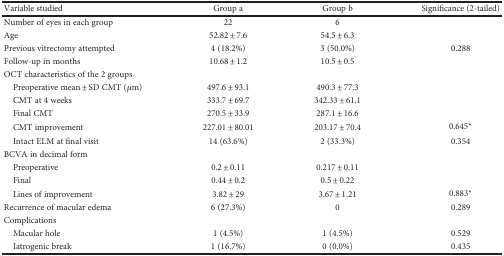
| Variable studied | Group a | Group b | Significance (2-tailed) |
 | --- | --- | --- | --- |
 | Number of eyes in each group | 22 | 6 |  |
 | Age | 52.82 ± 7.6 | 54.5 ± 6.3 |  |
 | Previous vitrectomy attempted | 4 (18.2%) | 3 (50.0%) | 0.288 |
 | Follow-up in months | 10.68 ± 1.2 | 10.5 ± 0.5 |  |
 | OCT characteristics of the 2 groups |  |  |  |
 | Preoperative mean ± SD CMT (μm) | 497.6 ± 93.1 | 490.3 ± 77.3 |  |
 | CMT at 4 weeks | 333.7 ± 69.7 | 342.33 ± 61.1 |  |
 | Final CMT | 270.5 ± 33.9 | 287.1 ± 16.6 |  |
 | CMT improvement | 227.01 ± 80.01 | 203.17 ± 70.4 | 0.645∗ |
 | Intact ELM at final visit | 14 (63.6%) | 2 (33.3%) | 0.354 |
 | BCVA in decimal form |  |  |  |
 | Preoperative | 0.2 ± 0.11 | 0.217 ± 0.11 |  |
 | Final | 0.44 ± 0.2 | 0.5 ± 0.22 |  |
 | Lines of improvement | 3.82 ± 29 | 3.67 ± 1.21 | 0.883∗ |
 | Recurrence of macular edema | 6 (27.3%) | 0 | 0.289 |
 | Complications |  |  |  |
 | Macular hole | 1 (4.5%) | 1 (4.5%) | 0.529 |
 | Iatrogenic break | 1 (16.7%) | 0 (0.0%) | 0.435 |